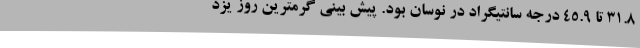
31.8 تا 45.9 درجه سانتیگراد در نوسان بود. پیش بینی گرمترین روز یزد